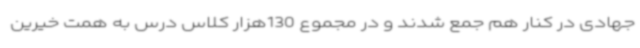
جهادی در کنار هم جمع شدند و در مجموع 130هزار کلاس درس به همت خیرین